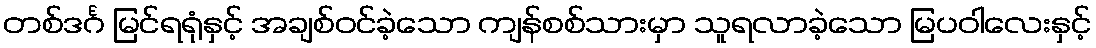
တစ်ဒင်္ဂ မြင်ရရုံနှင့် အချစ်ဝင်ခဲ့သော ကျန်စစ်သားမှာ သူရလာခဲ့သော မြပဝါလေးနှင့်